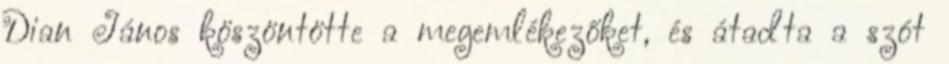
Dian János köszöntötte a megemlékezőket, és átadta a szót